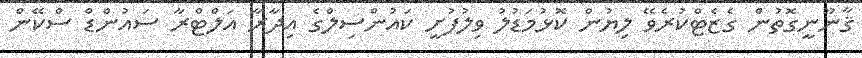
ޤާނޫނީގޮތުން ގެޒެޓްކުރެވޭ ލިޔުން ކޮޅުމަޑުލު ވިލުފުށީ ކައުންސިލްގެ އިދާރާ އަލްޓްރާ ސައުންޑް ސްކޭން